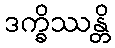
ဒက္ခိဿန္တိ